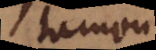
tamen